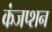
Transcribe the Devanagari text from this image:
कंजप्शन